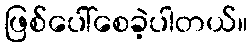
ဖြစ်ပေါ်စေခဲ့ပါတယ်။